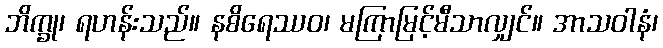
ဘိက္ခု၊ ရဟန်းသည်။ နစိရေဿဝ၊ မကြာမြင့်မီသာလျှင်။ အာသဝါနံ၊